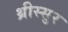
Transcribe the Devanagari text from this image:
थ्रीस्सुर